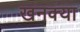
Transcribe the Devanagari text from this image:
खनक्या